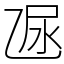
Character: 𠃮